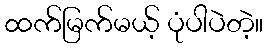
ထက်မြက်မယ့် ပုံပါပဲတဲ့။